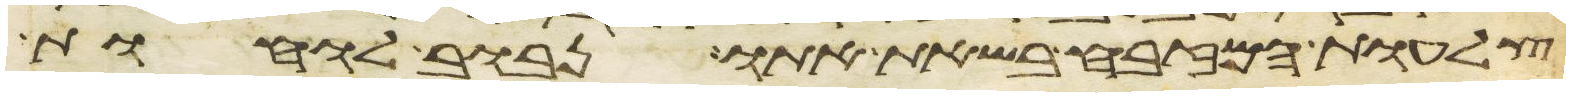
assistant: צלעות המזבח בשאת אתו נבוב לוחות